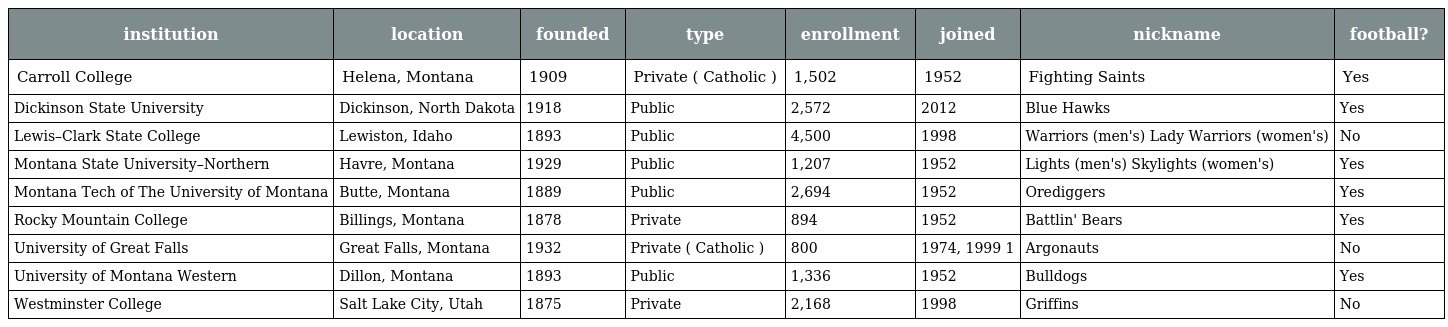
| institution | location | founded | type | enrollment | joined | nickname | football? |
 | --- | --- | --- | --- | --- | --- | --- | --- |
 | Carroll College | Helena, Montana | 1909 | Private ( Catholic ) | 1,502 | 1952 | Fighting Saints | Yes |
 | Dickinson State University | Dickinson, North Dakota | 1918 | Public | 2,572 | 2012 | Blue Hawks | Yes |
 | Lewis–Clark State College | Lewiston, Idaho | 1893 | Public | 4,500 | 1998 | Warriors (men's) Lady Warriors (women's) | No |
 | Montana State University–Northern | Havre, Montana | 1929 | Public | 1,207 | 1952 | Lights (men's) Skylights (women's) | Yes |
 | Montana Tech of The University of Montana | Butte, Montana | 1889 | Public | 2,694 | 1952 | Orediggers | Yes |
 | Rocky Mountain College | Billings, Montana | 1878 | Private | 894 | 1952 | Battlin' Bears | Yes |
 | University of Great Falls | Great Falls, Montana | 1932 | Private ( Catholic ) | 800 | 1974, 1999 1 | Argonauts | No |
 | University of Montana Western | Dillon, Montana | 1893 | Public | 1,336 | 1952 | Bulldogs | Yes |
 | Westminster College | Salt Lake City, Utah | 1875 | Private | 2,168 | 1998 | Griffins | No |